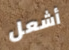
أشعل